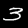
Label: 3